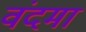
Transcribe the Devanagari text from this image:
वंदमा